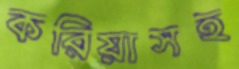
করিয়াসহ